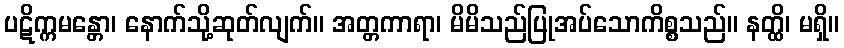
ပဋိက္ကမန္တော၊ နောက်သို့ဆုတ်လျက်။ အတ္တကာရာ၊ မိမိသည်ပြုအပ်သောကိစ္စသည်။ နတ္ထိ၊ မရှိ။